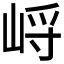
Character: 𱛭